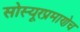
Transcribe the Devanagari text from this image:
सोस्यूरप्रमाणेच